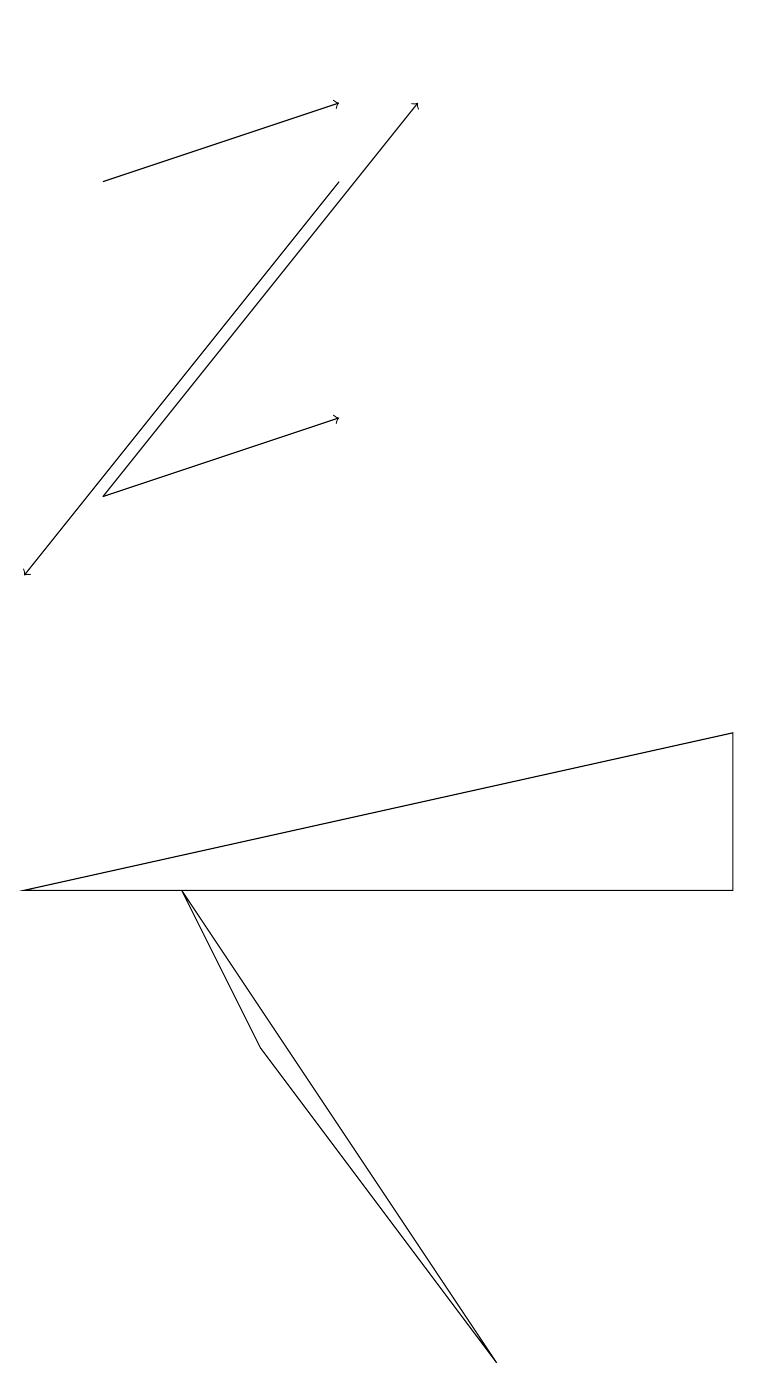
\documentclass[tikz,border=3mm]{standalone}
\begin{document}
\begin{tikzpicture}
\draw (3,4) -- (2,6) -- (6,0) -- cycle;
\draw (0,6) -- (9,8) -- (9,6) -- cycle;
\draw (4,17) rectangle (4,17);
\draw[->] (1,15) -- (4,16);
\draw[->] (1,11) -- (4,12);
\draw[->] (4,15) -- (0,10);
\draw[->] (1,11) -- (5,16);
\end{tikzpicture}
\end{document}